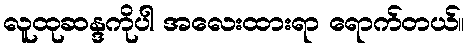
လူထုဆန္ဒကိုပါ အလေးထားရာ ရောက်တယ်။